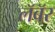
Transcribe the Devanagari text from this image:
लॅबॅर